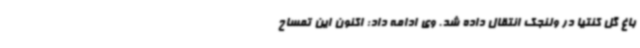
باغ گل کنتیا در ولنجک انتقال داده شد. وی ادامه داد: اکنون این تمساح